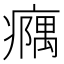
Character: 𪽹